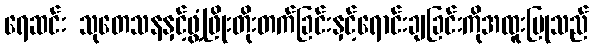
ရေဆင်း သုတေသနနှင့်ဖွံ့ဖြိုးတိုးတက်ခြင်းနှင့်ရောင်းချခြင်းကိုအထူးပြုသည်